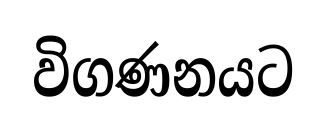
විගණනයට